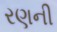
રણની